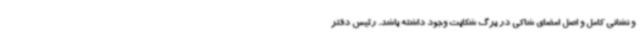
و نشانی کامل و اصل امضای شاکی در برگ شکایت وجود داشته باشد. رئیس دفتر